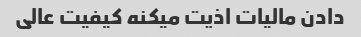
دادن مالیات اذیت میکنه کیفیت عالی